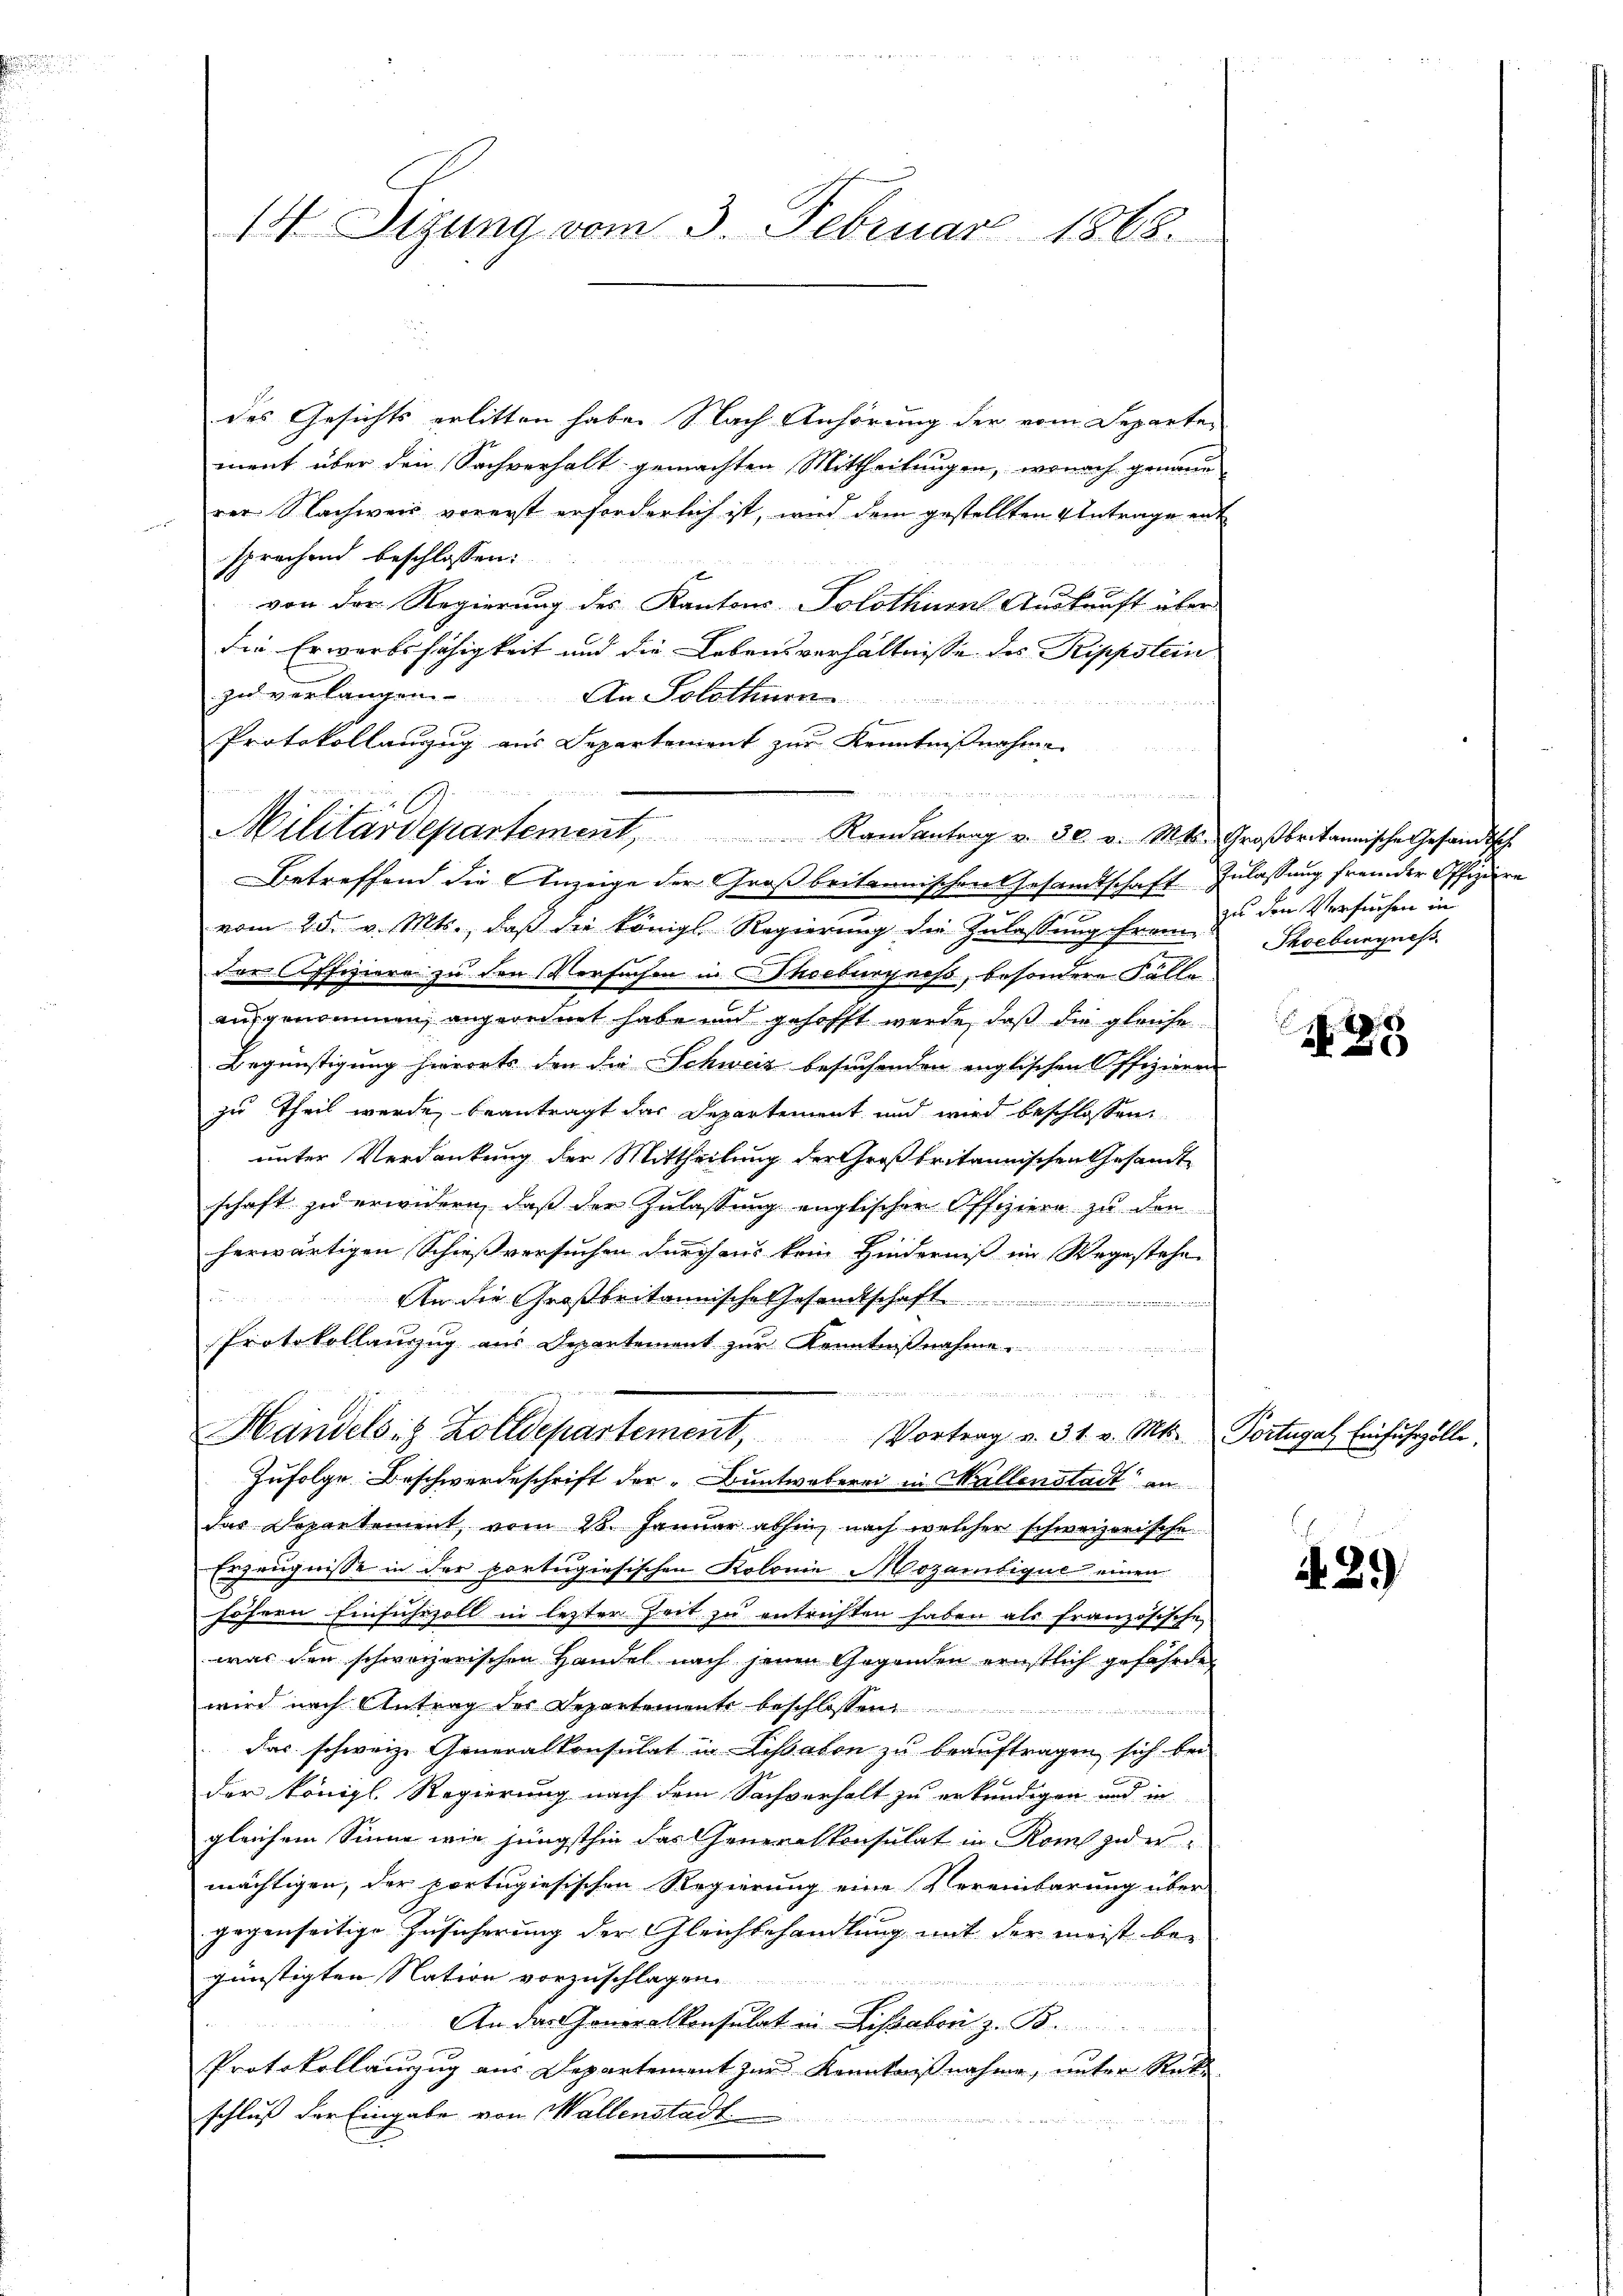
4

14 Sizung vom 3. Februar 1868.

des Gesichts erlitten habe. Nach Anhörung der vom Departen
ment über den Sachverhalt gemachten Mittheilungen, wonach genaue
rer. Nachweis vorerst erforderlich ist, wird dem gestellten Antrage ent
sprachend beschlossen:
von der Regierung des Kantons-Solothurn Auskunft über
die Erwerbsfähigkeit und die Lebensverhältnisse des Prippstein
zu verlangen. An Solothurn
und
Protokollanzug aus Departement zur Kenntnißnahme
i
Betreffend die Anzeige der Großbritannischen Gesandtschaft Zulassung fremder Offiziere
vom 25. v. Mts., daß die königl. Regierung die Zulassung frem-Thoebungniß
der Affiziere zu den Versuchen in Thoeburgnes, besondere Fälle
aufgenommen, angeordnet habe und gehofft werde, daß die gleiche
Begünstigung hierorts den die Schweiz besuchenden englischen Offizieren
zu Theil wurde, beantragt das Departement und wird beschlossen:
unter Verdankung der Mittheilung der Großbritannischen Gesandt
schaft zu erwidern, daß der Zulassung englischen Offiziere zu den
herwärtigen Schießversuchen durchaus kein Hinderniß im Wegestehe
An die Großbritannische Gesandtschaft
Protokollauszug aus Departement zur Kenntnißnahme
 in den un
Handels 8 Zolldepartement, Vortrag v. 31. v. Mts. Portugal Einfuhrzölle,
Zufolge Beschwerdeschrift der „Buntweberei in Mallenstadt an
das Departement vom 28. Januar abhin, nach welcher schweizerische
Erzeugnisse in der portugiesischen Kolonie Mozantique einen
höhern Einsichezoll in lezter Zeit zu entrichten haben als französische
was den schweizerischen Handel nach jenen Gegenden ernstlich gefährde
wird nach Antrag des Departemente beschlossen
das schweize Generalkonsulat in Sissaton zu beauftragen sich bei
der Königl. Regierung nach dem Sachverhalt zu erkundigen und in
gleichem Sinne wie jüngsthin das Generalkonsulat in Rom zu ermächtigen, der portugiesischen Regierung eine Vereinbarung über
gegenseitige Insicherung der Gleichbehandlung mit der meist be-
günstigten Nation vorzuschlagen
 ich die an den un
An das Generalkonsulat in Lisaben z. B.
Protokollauzug aus Departement zur Kenntnißnahme, unter Rek
schluß der Eingabe von Wallenstadt

Militärdepartement, Randantrag v. 30. v. Mts. Großbritannische Gesandtsch

zu den Versuchen in

26

A. 29.